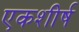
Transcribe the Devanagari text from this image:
एकशीर्ष